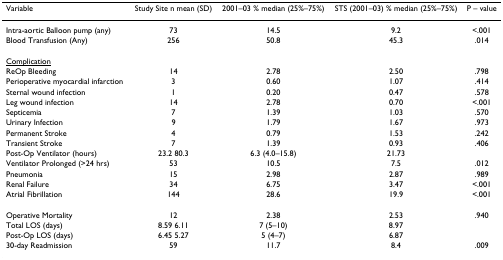
| Variable | Study Site n mean (SD) | 2001–03 % median (25%–75%) | STS (2001–03) % median (25%–75%) | P – value |
 | --- | --- | --- | --- | --- |
 | Intra-aortic Balloon pump (any) | 73 | 14.5 | 9.2 | <.001 |
 | Blood Transfusion (Any) | 256 | 50.8 | 45.3 | .014 |
 | <underline>Complication</underline> |  |  |  |  |
 | ReOp Bleeding | 14 | 2.78 | 2.50 | .798 |
 | Perioperative myocardial infarction | 3 | 0.60 | 1.07 | .414 |
 | Sternal wound infection | 1 | 0.20 | 0.47 | .578 |
 | Leg wound infection | 14 | 2.78 | 0.70 | <.001 |
 | Septicemia | 7 | 1.39 | 1.03 | .570 |
 | Urinary Infection | 9 | 1.79 | 1.67 | .973 |
 | Permanent Stroke | 4 | 0.79 | 1.53 | .242 |
 | Transient Stroke | 7 | 1.39 | 0.93 | .406 |
 | Post-Op Ventilator (hours) | 23.2 80.3 | 6.3 (4.0–15.8) | 21.73 |  |
 | Ventilator Prolonged (>24 hrs) | 53 | 10.5 | 7.5 | .012 |
 | Pneumonia | 15 | 2.98 | 2.87 | .989 |
 | Renal Failure | 34 | 6.75 | 3.47 | <.001 |
 | Atrial Fibrillation | 144 | 28.6 | 19.9 | <.001 |
 | Operative Mortality | 12 | 2.38 | 2.53 | .940 |
 | Total LOS (days) | 8.59 6.11 | 7 (5–10) | 8.97 |  |
 | Post-Op LOS (days) | 6.45 5.27 | 5 (4–7) | 6.87 |  |
 | 30-day Readmission | 59 | 11.7 | 8.4 | .009 |